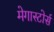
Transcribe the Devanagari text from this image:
मेगास्टोर्स